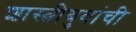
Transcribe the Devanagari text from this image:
शास्त्रीबुवांची